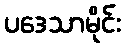
ပဒေသာမိုင်း